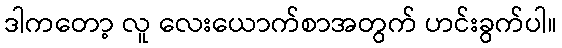
ဒါကတော့ လူ လေးယောက်စာအတွက် ဟင်းခွက်ပါ။